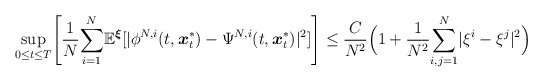
\begin{align*}\underset{0\leq t\leq T}{\sup}\Bigg[\frac{1}{N}\underset{i=1}{\overset{N}{\sum}}\mathbb{E}^{\boldsymbol{\xi}}[|\phi^{N,i}(t,\boldsymbol{x}^*_t) -\Psi^{N,i}(t,\boldsymbol{x}^*_t)|^2] \Bigg]\leq \frac{C}{N^2}\Big(1+\frac{1}{N^2}\underset{i,j=1}{\overset{N}{\sum}}|\xi^{i}-\xi^{j}|^2\Big)\end{align*}